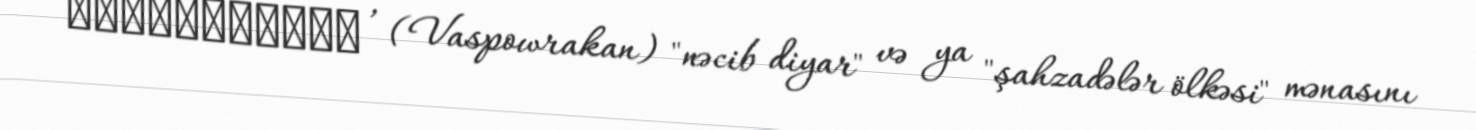
Վասպուրական , (Vaspowrakan) "nəcib diyar" və ya "şahzadələr ölkəsi" mənasını